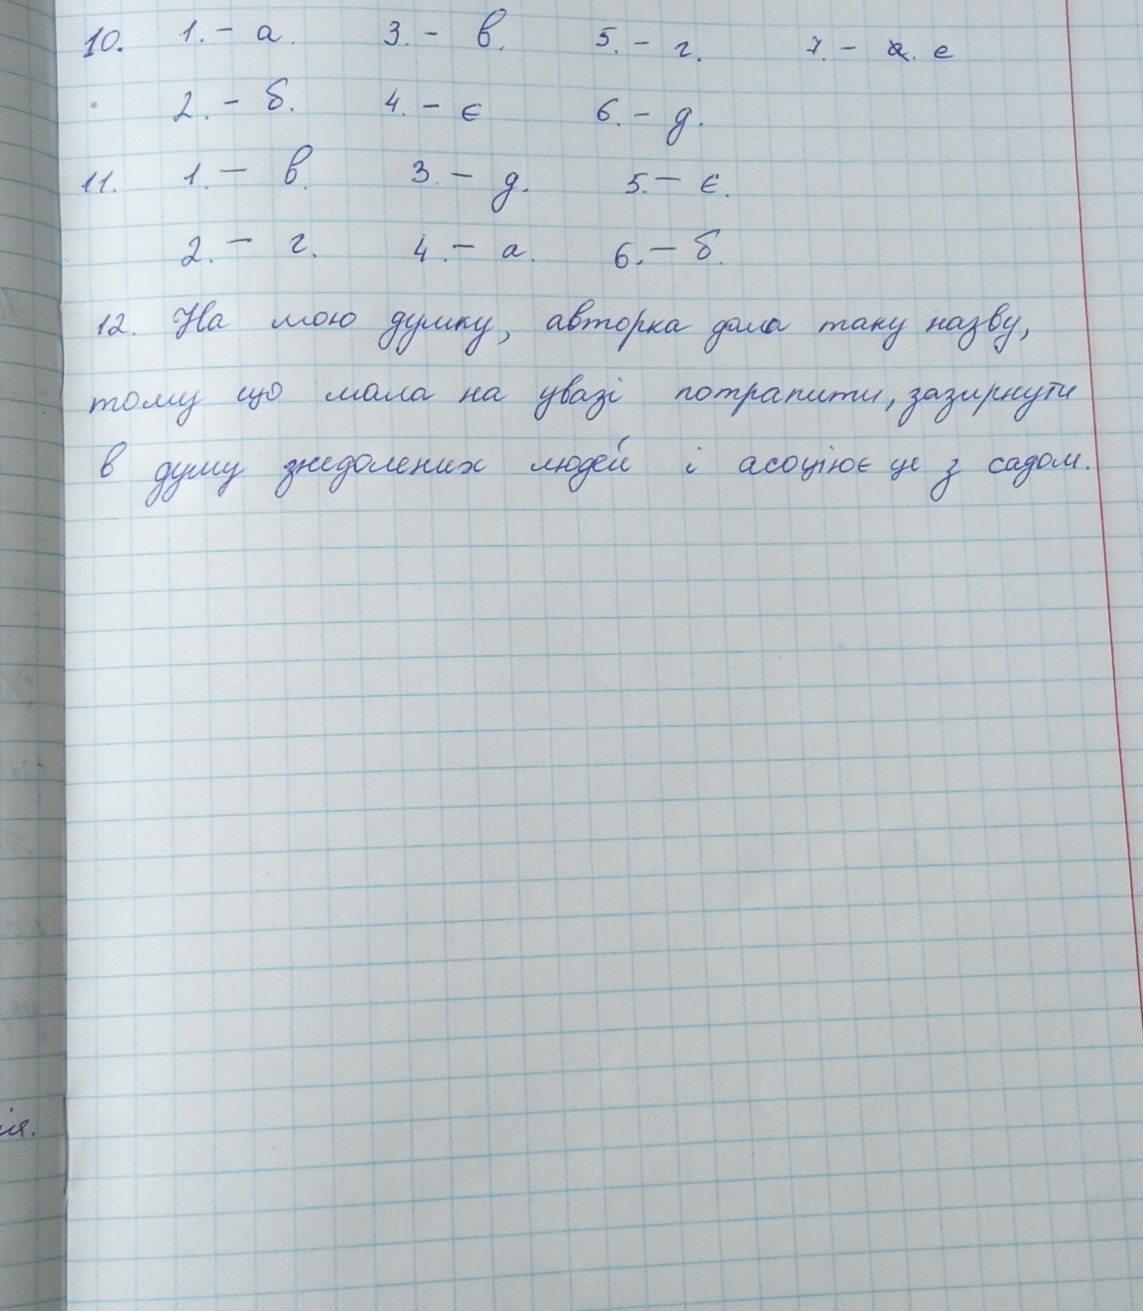
10. 1. - a. 3. - в. 5. - г. 7. - ~~a~~. e
2. - б. 4. - є 6. - д.
11. 1. - в. 3. - д. 5. - є.
2. - г. 4. - а. 6. - б.
12. На мою думку, авторка дала таку назву,
тому що мала на увазі потрапити, зазирнути
в душу знедолених людей і асоціює це з садом.